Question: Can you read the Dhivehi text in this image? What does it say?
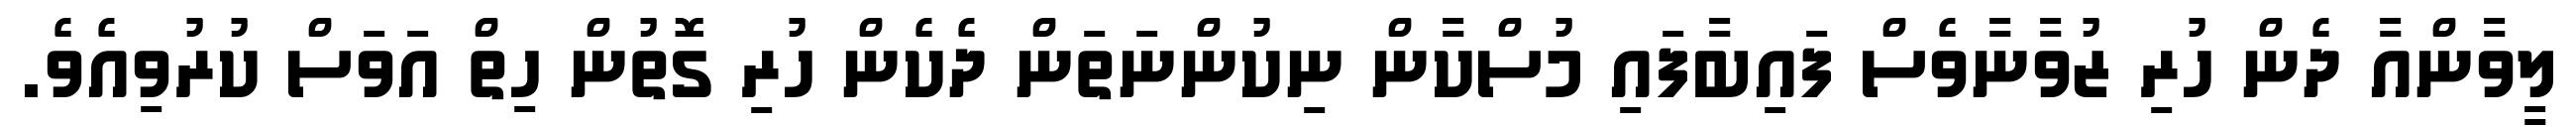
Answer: ލީވާންއާ ދެން ހުރި ޒުވާނާވެސް ފައިބާފައި މުސްކާން ނިކުންނަތަން ދެކެން ހުރި ގޮތުން ހިތް އަވަސް ކުރުވިއެވެ.